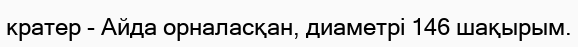
кратер - Айда орналасқан, диаметрі 146 шақырым.